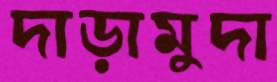
দাড়ামুদা